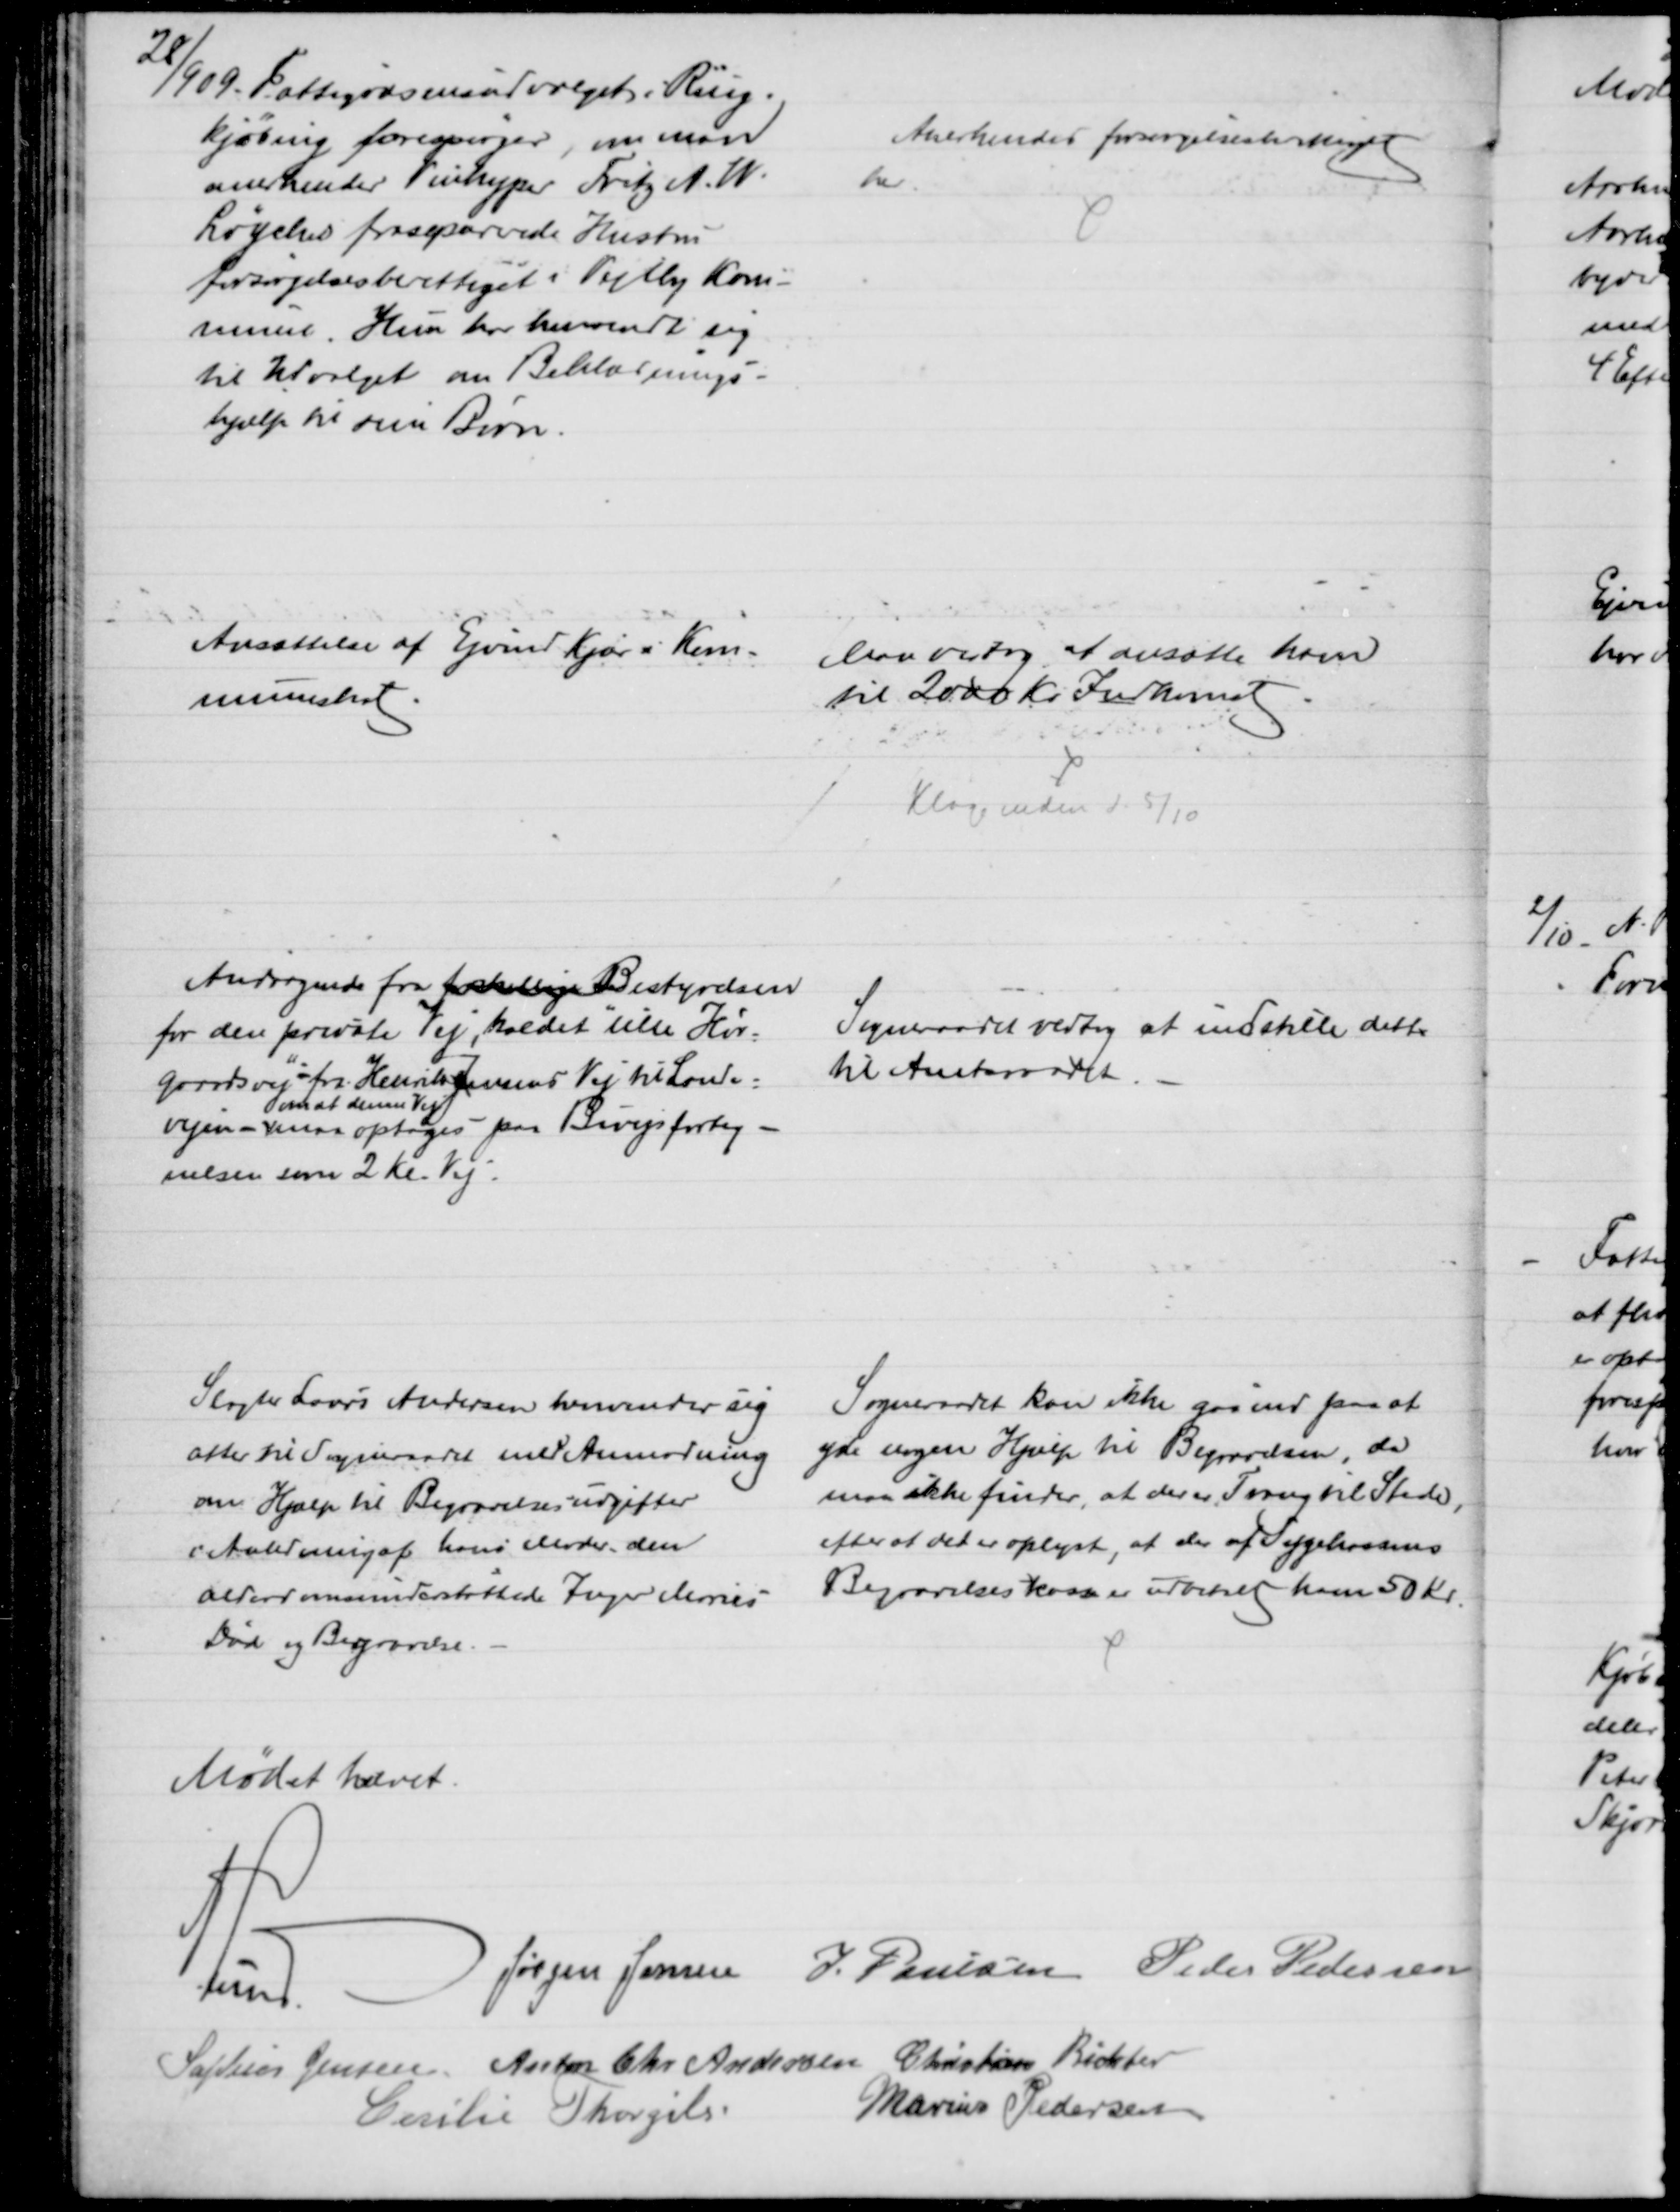
Transskription:
28/9 09. Fattigvæsensudvalget i Ring=
kjøbing forespørger, om man
anerkender Vinkyper Fritz A. W.
Løyches fraseparerede Hustru
forsørgelsesberettiget i Vejlby Kom-
mune. Hun har henvendt sig
til Udvalget om Beklægnings-
hjælp til sine Børn.
Anerkendes forsørgelsesberettiget
her.
Ansættelse af Ejvind Kjær i Kom-
muneskat.
Man vedtog at ansætte ham
til 2000 Kr Indkomst
Klage inden d. 5/10
Andragende fra forskellige Bestyrelsen
for den private Vej, kaldet "lille Hør-
gaardsvej" - fra Henrik Jensens Vej til Lande-
vejen - 
om at denne Vej
maa optages paa Bivejsforteg-
nelsen som 2 Kl. Vej.
Sogneraadet vedtog at indstille dette
til Amtsraadet.
Slagter Laurs Andersen henvender sig
atter til Sogneraadet med Anmodning
om Hjælp til Begravelsesudgifter
i Anledning af hans Moder den
alderdomsunderstøttede Inger Maries
Død og Begravelse.
Sogneraadet kan ikke gaa ind paa at
yde nogen Hjælp til Begravelsen, da
maa ikke finder, at der er Trang til Stede,
efter at det er oplyst, at der af Sygekassens
Begravelseskasse er udbetalt ham 50 Kr.
Mødet hævet.
A. Lund. 
Jørgen Jensen J. Poulsen Peder Pedersen
Sophus Jensen Anton Chr Andersen Christian Richter
Cecilie Thorgils
Marius Pedersen